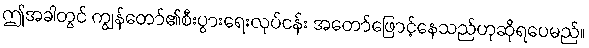
ဤအခါတွင် ကျွန်တော်၏စီးပွားရေးလုပ်ငန်း အတော်ဖြောင့်နေသည်ဟုဆိုရပေမည်။